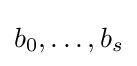
b_{0},\dotsc ,b_{s}